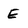
Character: E